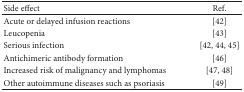
<table><thead><tr><td><b>Side effect</b></td><td><b>Ref.</b></td></tr></thead><tbody><tr><td>Acute or delayed infusion reactions</td><td>[42]</td></tr><tr><td>Leucopenia</td><td>[43]</td></tr><tr><td>Serious infection</td><td>[42, 44, 45]</td></tr><tr><td>Antichimeric antibody formation</td><td>[46]</td></tr><tr><td>Increased risk of malignancy and lymphomas</td><td>[47, 48]</td></tr><tr><td>Other autoimmune diseases such as psoriasis</td><td>[49]</td></tr></tbody></table>